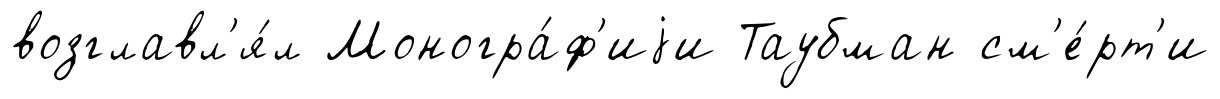
возглавл'я́л Моногра́ф'иjи Таубман см'е́рт'и